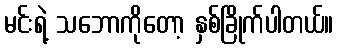
မင်းရဲ့ သဘောကိုတော့ နှစ်ခြိုက်ပါတယ်။